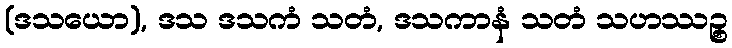
(ဒသယော), ဒသ ဒသကံ သတံ, ဒသကာနံ သတံ သဟဿဉ္စ